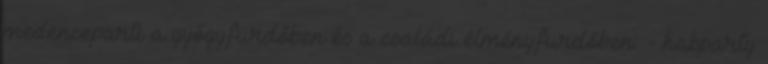
medenceparti a gyógyfürdőben és a családi élményfürdőben: - habparty